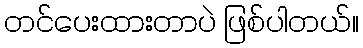
တင်ပေးထားတာပဲ ဖြစ်ပါတယ်။